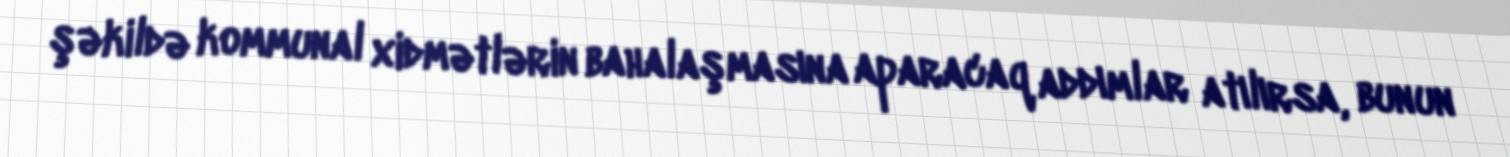
şəkildə kommunal xidmətlərin bahalaşmasına aparacaq addımlar atılırsa, bunun